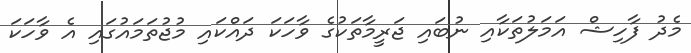
މެދު ފާހިޝް އަމަލުތަކާއި ނުބައި ޖަރީމާތަކުގެ ވާހަކަ ދައްކައި މުޖުތަމައުގައި އެ ވާހަކަ